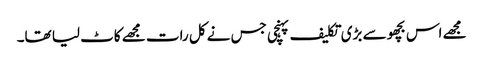
مجھے اس بچھو سے بڑی تکلیف پہنچی جس نے کل رات مجھے کاٹ لیا تھا۔